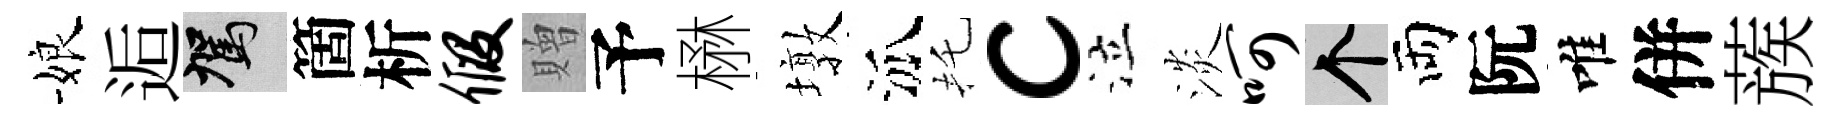
娘逅駕箇析假贈予楙墩泒托c泣淡呵个両阮唯併蔟